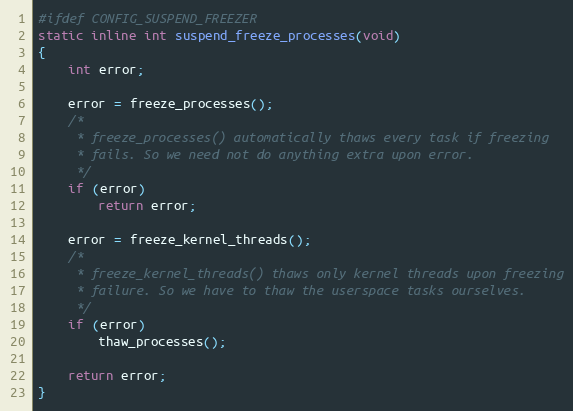
Language: C
#ifdef CONFIG_SUSPEND_FREEZER
static inline int suspend_freeze_processes(void)
{
	int error;

	error = freeze_processes();
	/*
	 * freeze_processes() automatically thaws every task if freezing
	 * fails. So we need not do anything extra upon error.
	 */
	if (error)
		return error;

	error = freeze_kernel_threads();
	/*
	 * freeze_kernel_threads() thaws only kernel threads upon freezing
	 * failure. So we have to thaw the userspace tasks ourselves.
	 */
	if (error)
		thaw_processes();

	return error;
}